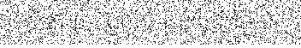
និងវាយកម្ទេចរថយន្តទំនើបមួយ